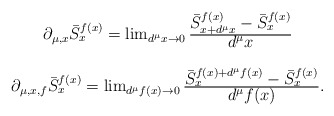
\begin{align*}\begin{array}{c}\partial_{\mu,x}\bar{S}^{f(x)}_{x}= \lim_{d^{\mu}x\rightarrow 0}\frac{\mbox{$\bar{S}^{f(x)}_{x+d^{\mu}x} -\bar{S}^{f(x)}_{x}$}}{\mbox{$d^{\mu}x$}} \\\\\partial_{\mu,x,f} \bar{S}^{f(x)}_{x}=\lim_{d^{\mu}f(x)\rightarrow 0}\frac{\mbox{$\bar{S}^{f(x) +d^{\mu}f(x)}_{x}- \bar{S}^{f(x)}_{x}$}}{\mbox{$d^{\mu}f(x)$}}.\end{array}\end{align*}